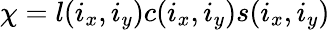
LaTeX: \begin{array}{r}{\chi=l(i_{x},i_{y})c(i_{x},i_{y})s(i_{x},i_{y})}\end{array}